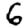
Digit: 6